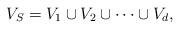
LaTeX: \begin{align*}V_S = V_1 \cup V_2 \cup \dots \cup V_d,\end{align*}